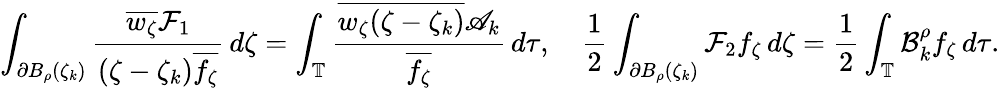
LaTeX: \int_{\partial B_{\rho}(\zeta_{k})}\frac{\overline{{w_{\zeta}}}\mathcal{F}_{1}}{(\zeta-\zeta_{k})\overline{{f_{\zeta}}}}\, d\zeta=\int_{\mathbb{T}}\frac{\overline{{w_{\zeta}(\zeta-\zeta_{k})}}\mathscr{A}_{k}}{\overline{{f_{\zeta}}}}\, d\tau,\quad\frac 12\int_{\partial B_{\rho}(\zeta_{k})}\mathcal{F}_{2}f_{\zeta}\, d\zeta=\frac 12\int_{\mathbb{T}}\mathcal{B}_{k}^{\rho}f_{\zeta}\, d\tau.